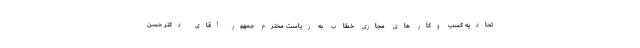
تحادیه کسب وکار های مجازی خطاب به ریاست محترم جمهور آقای دکتر حسن